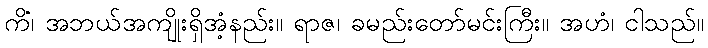
ကိံ၊ အဘယ်အကျိုးရှိအံ့နည်း။ ရာဇ၊ ခမည်းတော်မင်းကြီး။ အဟံ၊ ငါသည်။